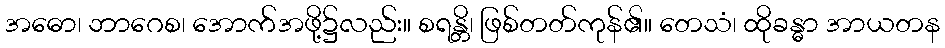
အဓော၊ ဘာဂေစ၊ အောက်အဖို့၌လည်း။ စရန္တိ၊ ဖြစ်တတ်ကုန်၏။ တေသံ၊ ထိုခန္ဓာ အာယတန